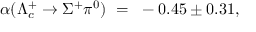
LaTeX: \alpha ( \Lambda _ { c } ^ { + } \rightarrow \Sigma ^ { + } \pi ^ { 0 } ) ~ = ~ - 0 . 4 5 \pm 0 . 3 1 ,